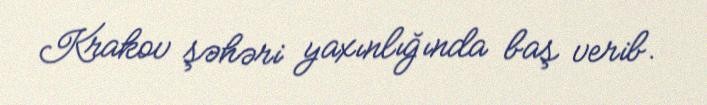
Krakov şəhəri yaxınlığında baş verib.